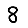
Digit: 8